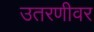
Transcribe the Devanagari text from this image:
उतरणीवर